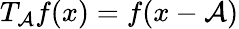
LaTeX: T_{\mathcal{A}}f(x)=f(x-\mathcal{A})